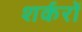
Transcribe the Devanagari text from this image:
शर्करों